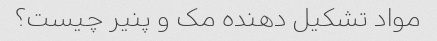
مواد تشکیل دهنده مک و پنیر چیست؟